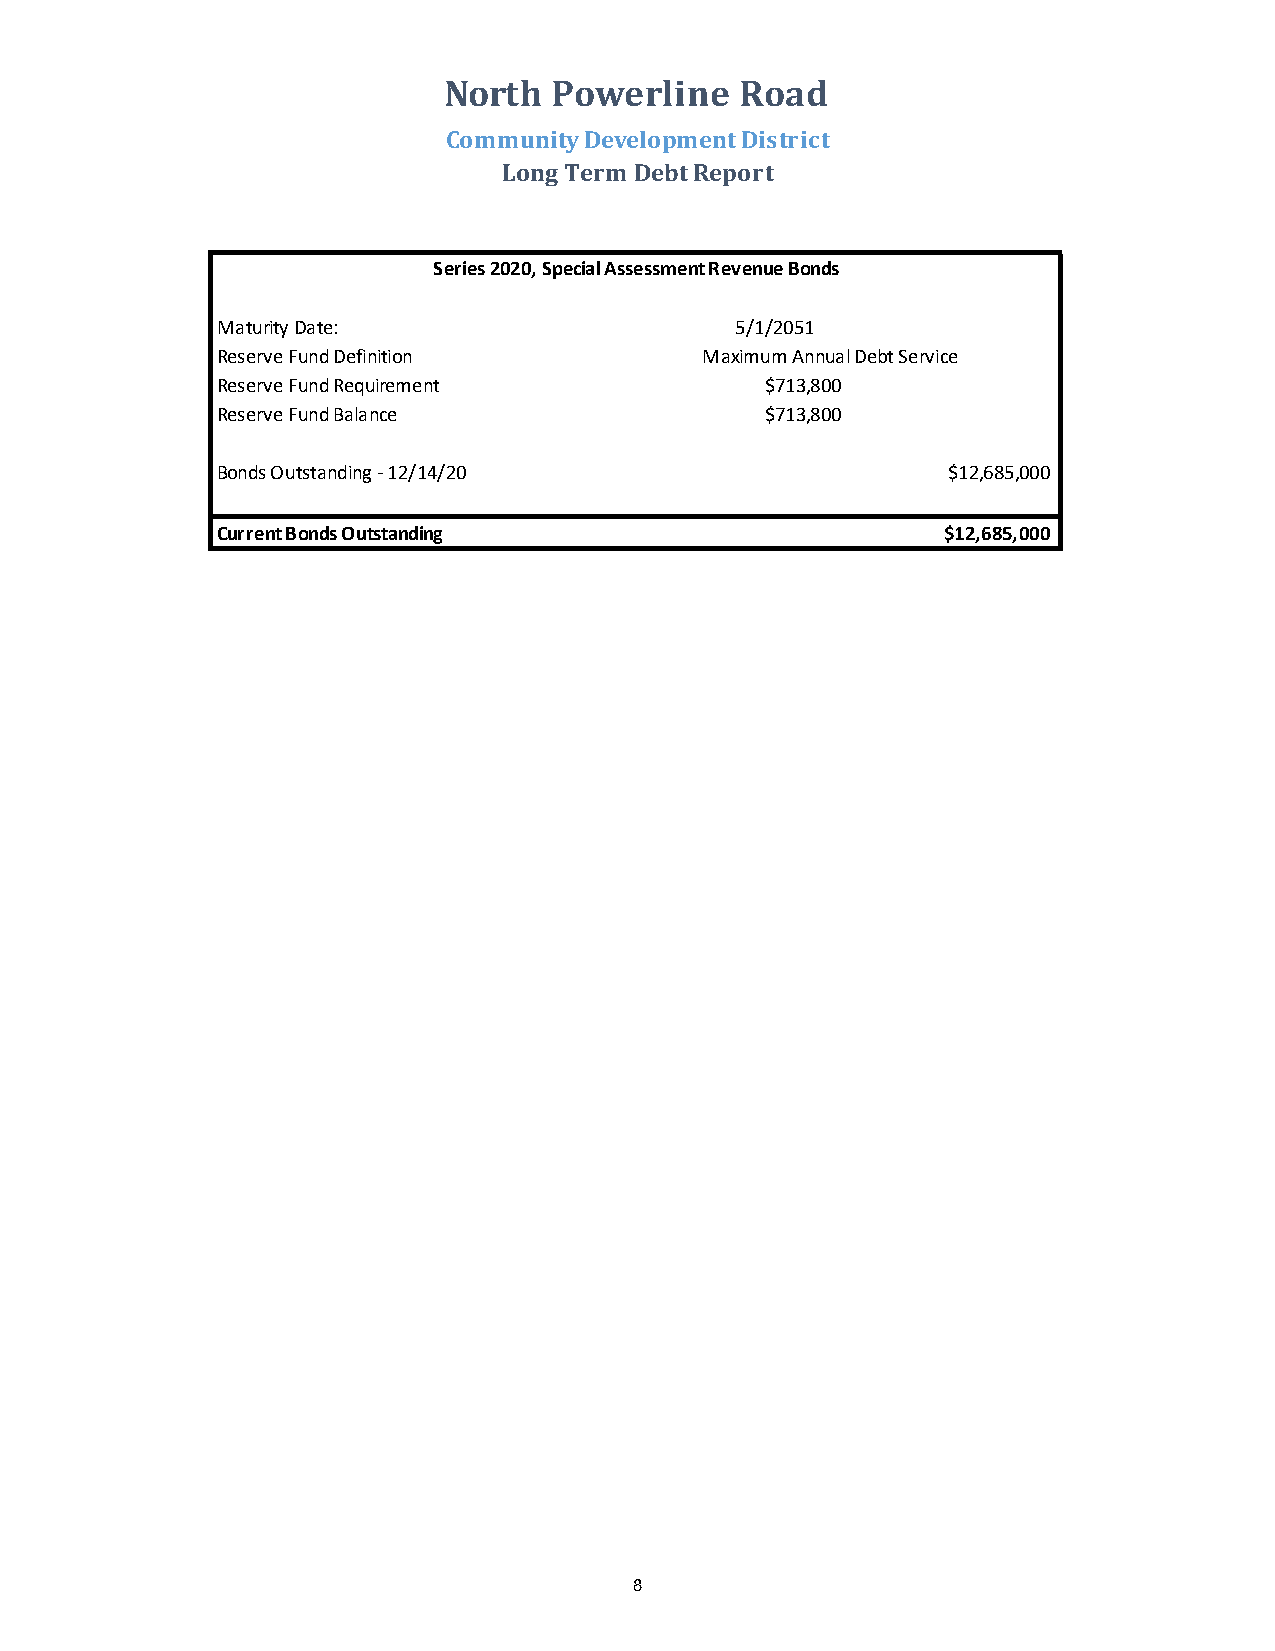
North   Powerline   Road
 Community Development District
 Long Term Debt Report
 Series 2020, Special Assessment Revenue Bonds
 Maturity Date:                     5/1/2051
 Reserve Fund Definition         Maximum Annual Debt Service
 Reserve Fund Requirement             $713,800
 Reserve Fund Balance                 $713,800
 Bonds Outstanding - 12/14/20                     $12,685,000
 Current Bonds Outstanding                       $12,685,000
 8